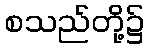
စသည်တို့၌